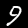
Digit: 9